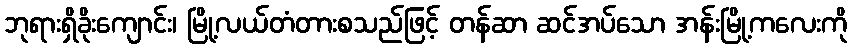
ဘုရားရှိခိုးကျောင်း၊ မြို့လယ်တံတားစသည်ဖြင့် တန်ဆာ ဆင်အပ်သော အန်းမြို့ကလေးကို